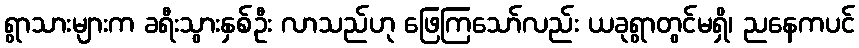
ရွာသားများက ခရီးသွားနှစ်ဦး လာသည်ဟု ဖြေကြသော်လည်း ယခုရွာတွင်မရှိ၊ ညနေကပင်